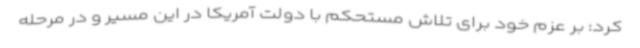
کرد: بر عزم خود برای تلاش مستحکم با دولت آمریکا در این مسیر و در مرحله